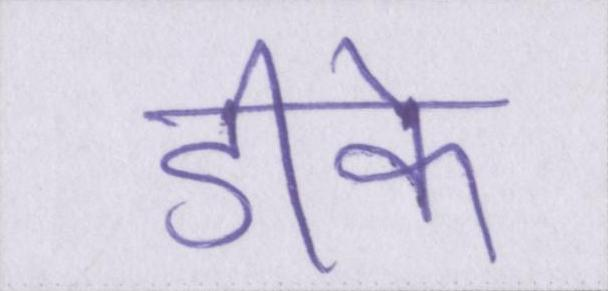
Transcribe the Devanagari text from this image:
डीके